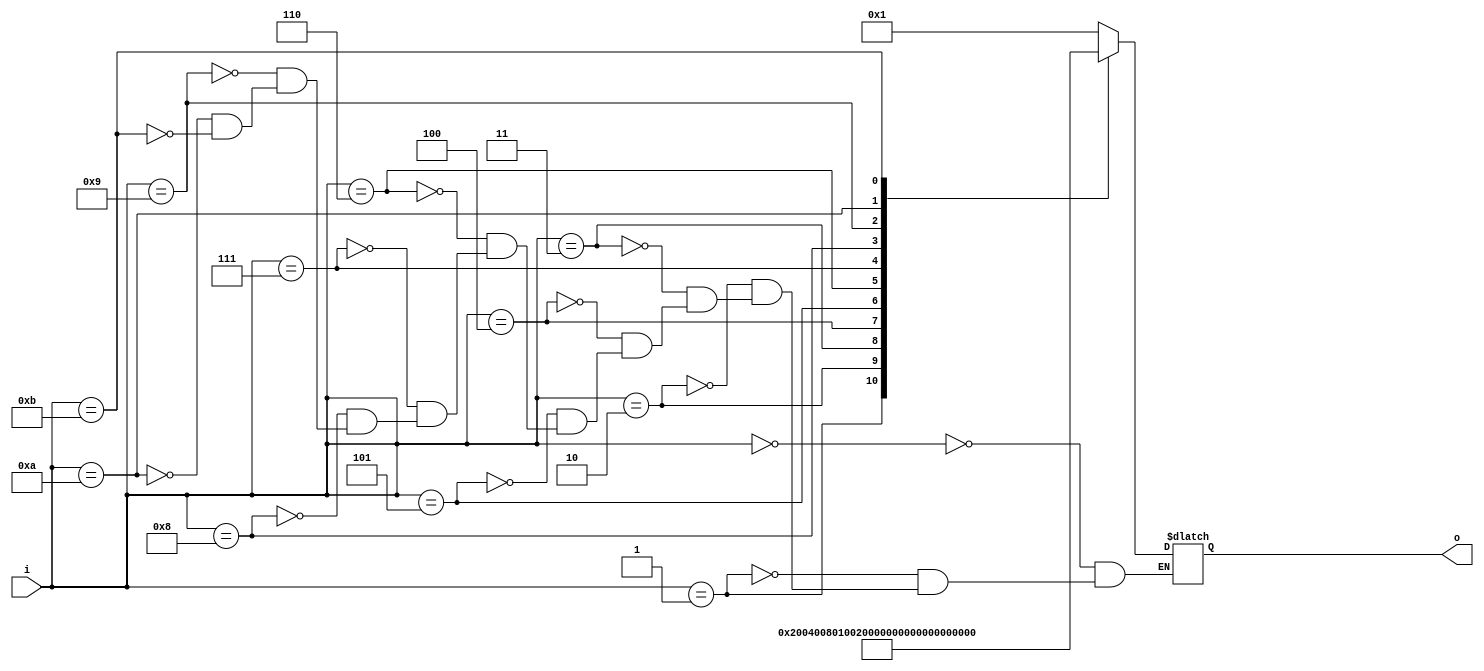
`timescale 1ns / 1ps
//////////////////////////////////////////////////////////////////////////////////
// Company: 
// Engineer: 
// 
// Design Name: 
// Module Name: Giaima_48h
// Project Name: 
// Target Devices: 
// Tool Versions: 
// Description: 
// 
// Dependencies: 
// 
// Revision:
// Revision 0.01 - File Created
// Additional Comments:
// 
//////////////////////////////////////////////////////////////////////////////////


module Giaima_48h(
    input   [3:0] i,
    output  [11:0] o
    );
    
reg [11:0] ot;
assign o = ot;

always @*
    case(i)
        0: ot = 12'b000000000001;
        1: ot = 12'b000000000010;
        2: ot = 12'b000000000100;
        3: ot = 12'b000000001000;
        4: ot = 12'b000000010000;
        5: ot = 12'b000000100000;
        6: ot = 12'b000001000000;
        7: ot = 12'b000010000000;
        8: ot = 12'b000100000000;
        9: ot = 12'b001000000000;
        10: ot = 12'b010000000000;
        11: ot = 12'b100000000000;
    endcase
endmodule